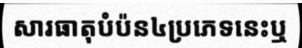
សារធាតុបំប៉ន៤ប្រភេទនេះឬ